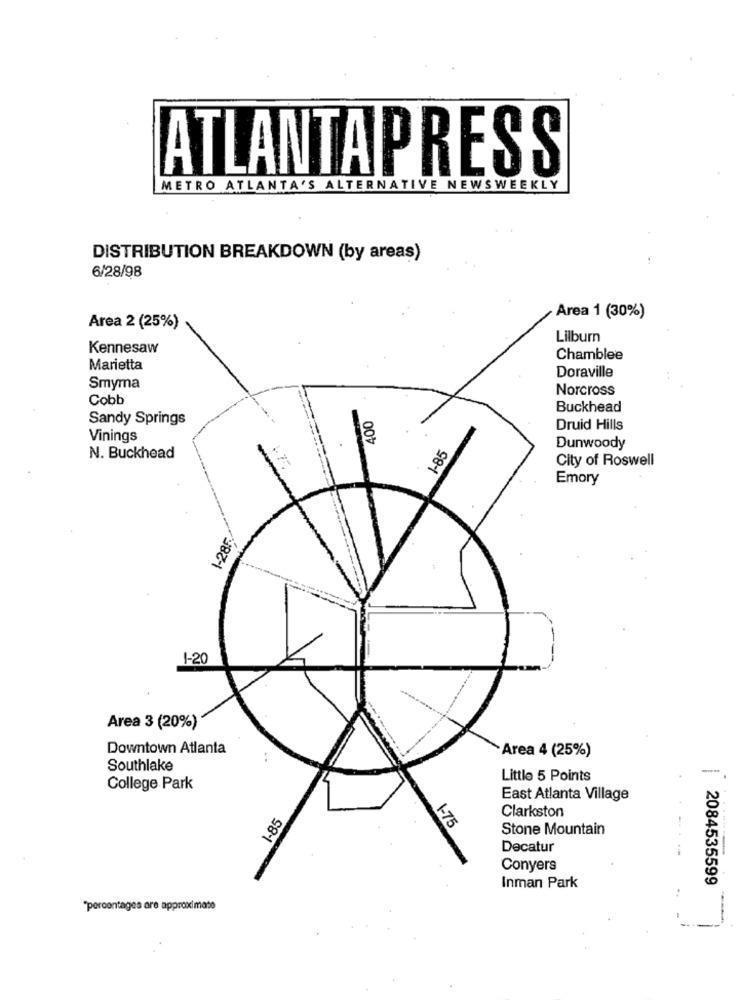
ATLANTAPRESS
METRO ATLANTA'S ALTERNATIVE NEWSWEEKLY
DISTRIBUTION BREAKDOWN (by areas)
6/28/98
Area 1 (30%)
Area 2 (25%)
Lilburn
Kennesaw
Chamblee
Marietta
Doraville
Smyma
Norcross
Cobb
400
Buckhead
Sandy Springs
Druid Hills
Vinings
Dunwoody
N. Buckhead
185
City of Roswell
Emory
1-285
1-20
Area 3 (20%)
Downtown Atlanta
Area 4 (25%)
Southlake
Little 5 Points
College Park
East Atlanta Village
Clarkston
1.85
1-75
Stone Mountain
Decatur
Conyers
Inman Park
2084535599
"percentages are approximate